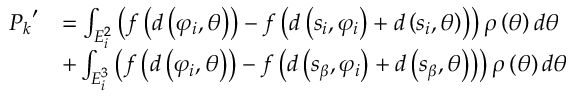
\begin{array} { r l } { { P _ { k } } ^ { \prime } } & { = \int _ { E _ { i } ^ { 2 } } { \left( { f \left( { d \left( { { \varphi _ { i } } , \theta } \right) } \right) - f \left( { d \left( { { s _ { i } } , { \varphi _ { i } } } \right) + d \left( { { s _ { i } } , \theta } \right) } \right) } \right) \rho \left( \theta \right) d \theta } } \\ & { + \int _ { E _ { i } ^ { 3 } } { \left( { f \left( { d \left( { { \varphi _ { i } } , \theta } \right) } \right) - f \left( { d \left( { { s _ { \beta } } , { \varphi _ { i } } } \right) + d \left( { { s _ { \beta } } , \theta } \right) } \right) } \right) \rho \left( \theta \right) d \theta } } \end{array}